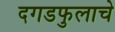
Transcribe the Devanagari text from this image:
दगडफुलाचे